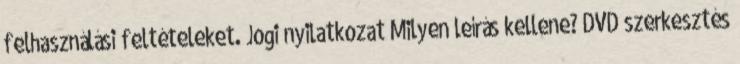
felhasználási feltételeket. Jogi nyilatkozat Milyen leírás kellene? DVD szerkesztés